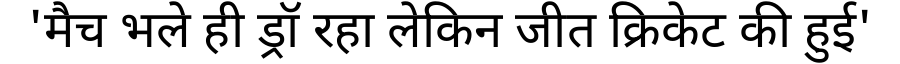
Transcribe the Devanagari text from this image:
'मैच भले ही ड्रॉ रहा लेकिन जीत क्रिकेट की हुई'